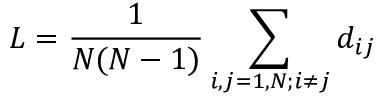
L = \frac { 1 } { N ( N - 1 ) } \sum _ { i , j = 1 , N ; i \ne j } d _ { i j }